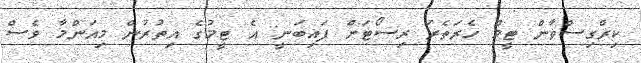
ކިރްގިސްތާން ޓީމް ހެރަތެރަ ރިސޯޓަށް ފައިބަނީ: އެ ޓީމުގެ އިތުރުން މިއަންމާ ވެސް